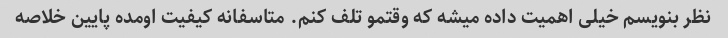
نظر بنویسم خیلی اهمیت داده میشه که وقتمو تلف کنم. متاسفانه کیفیت اومده پایین خلاصه